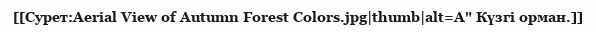
[[Сурет:Aerial View of Autumn Forest Colors.jpg|thumb|alt=A" Күзгі орман.]]